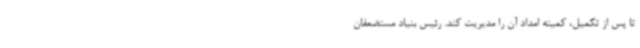
تا پس از تکمیل، کمیته امداد آن را مدیریت کند. رئیس بنیاد مستضعفان